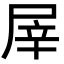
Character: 屖